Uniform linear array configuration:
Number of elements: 48
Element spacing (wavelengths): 0.75
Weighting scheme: uniform
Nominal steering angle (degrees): -45
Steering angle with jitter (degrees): -43.761
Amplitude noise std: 0.05
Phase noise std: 0.05

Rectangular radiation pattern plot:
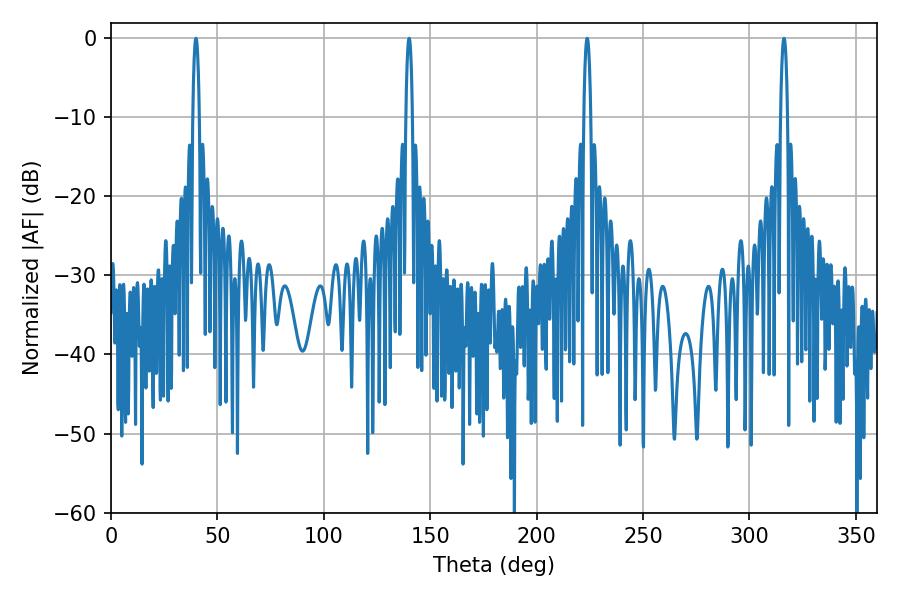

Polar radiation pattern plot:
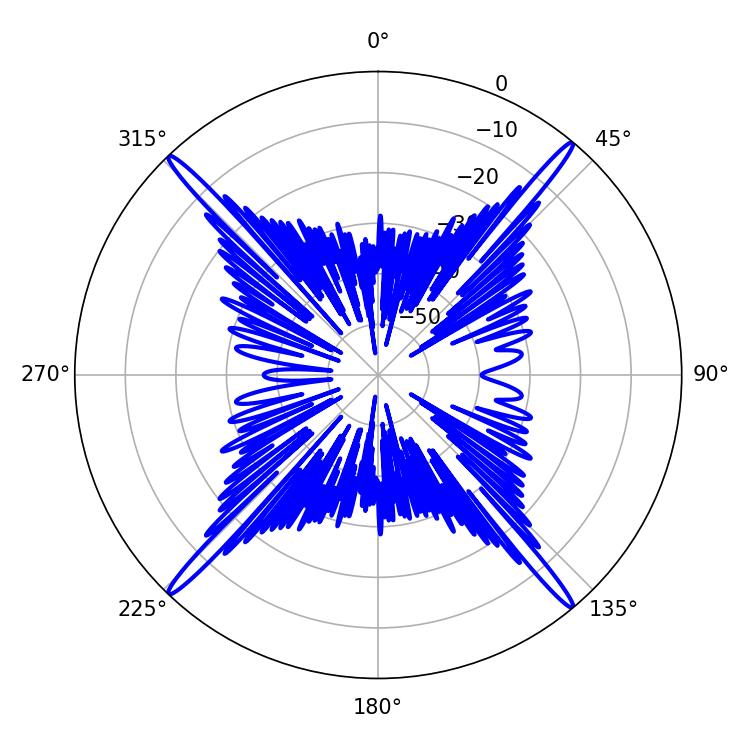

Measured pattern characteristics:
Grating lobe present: TRUE
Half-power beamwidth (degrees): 1.8
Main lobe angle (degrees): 223.74